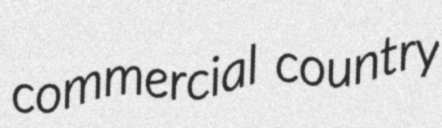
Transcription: commercial country